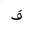
Letter: _fa